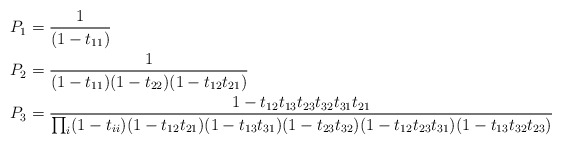
\begin{align*}P_1&=\frac1{(1-t_{11})}\\P_2&=\frac1{(1-t_{11})(1-t_{22})(1-t_{12}t_{21})}\\P_3&=\frac{1-t_{12}t_{13}t_{23}t_{32}t_{31}t_{21}}{\prod_i(1-t_{ii})(1-t_{12}t_{21})(1-t_{13}t_{31})(1-t_{23}t_{32})(1-t_{12}t_{23}t_{31})(1-t_{13}t_{32}t_{23})}\end{align*}